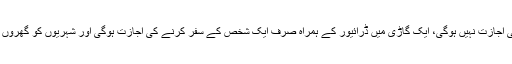
لاک ڈاؤن کے دوران لوگوں کو گھر سے نکلنے کی اجازت نہیں ہوگی، ایک گاڑی میں ڈرائیور کے ہمراہ صرف ایک شخص کے سفر کرنے کی اجازت ہوگی اور شہریوں کو گھروں سےنکلتے وقت اپنا شناختی کارڈ ہمراہ رکھنا ہوگا۔